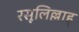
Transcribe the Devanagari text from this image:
रसूलिल्लाह्